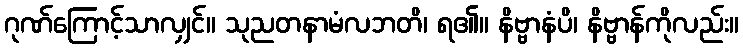
ဂုဏ်ကြောင့်သာလျှင်။ သုညတနာမံလဘတိ၊ ရ၏။ နိဗ္ဗာနံပိ၊ နိဗ္ဗာန်ကိုလည်း။